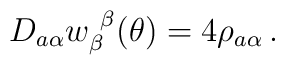
D_{a\alpha}w_{\beta}^{~\beta}(\theta)=4\rho_{a\alpha}\,.